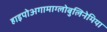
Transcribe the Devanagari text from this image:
हाइपोअगामाग्लोबुलिनेमिया